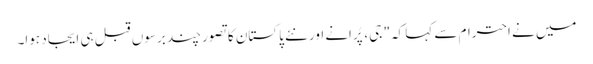
میں نے احترام سے کہا کہ" جی، پُرانے اور نئے پاکستان کا تصور چند برسوں قبل ہی ایجاد ہوا۔